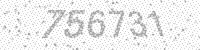
Solution: 756731